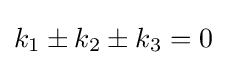
k_{1}\pm k_{2}\pm k_{3}=0